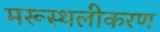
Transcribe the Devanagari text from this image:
मरूस्थलीकरण